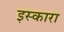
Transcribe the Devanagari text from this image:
इस्कारा